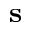
\mathbf { s }